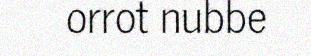
orrot nubbe